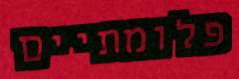
פלומתיים